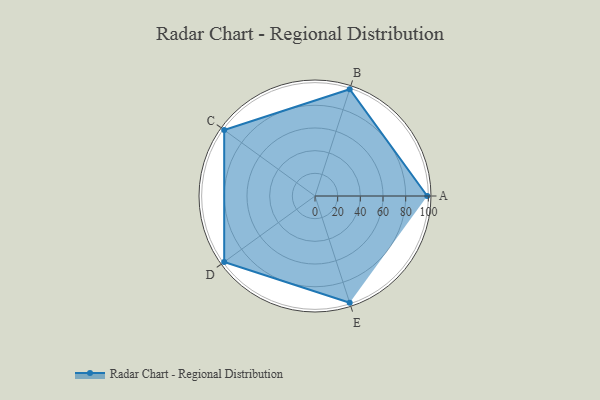
{"axis": {"x": "Skill", "y": "Score"}, "legend": ["Profile"], "data": [{"x": "A", "y": 99, "type": "Profile"}, {"x": "B", "y": 99, "type": "Profile"}, {"x": "C", "y": 99, "type": "Profile"}, {"x": "D", "y": 99, "type": "Profile"}, {"x": "E", "y": 99, "type": "Profile"}]}